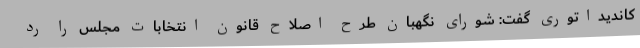
کاندیداتوری گفت: شورای نگهبان طرح اصلاح قانون انتخابات مجلس را رد